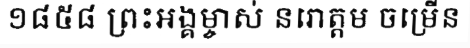
១៨៥៨ ព្រះអង្គម្ចាស់ នរោត្តម ចម្រើន